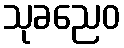
သုခညေဝ